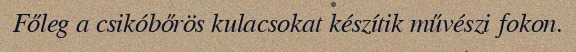
Főleg a csikóbőrös kulacsokat készítik művészi fokon.